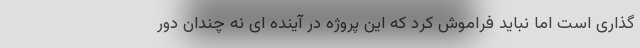
گذاری است اما نباید فراموش کرد که این پروژه در آینده ای نه چندان دور